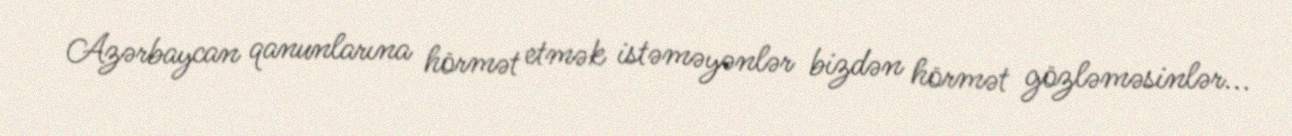
Azərbaycan qanunlarına hörmət etmək istəməyənlər bizdən hörmət gözləməsinlər...